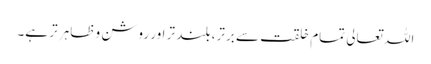
اللہ تعالی تمام خلقت سے برتر، بلند تر اور روشن و ظاہر تر ہے۔